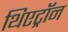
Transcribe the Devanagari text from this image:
थिएट्रॉन